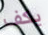
يكف